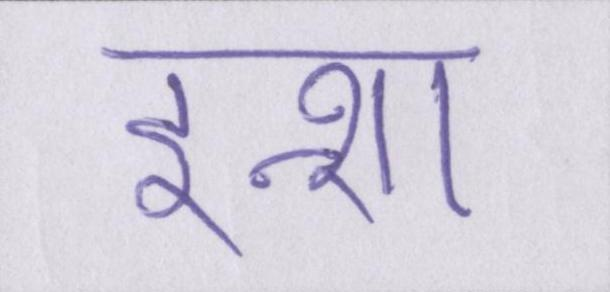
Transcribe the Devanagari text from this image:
इन्शा